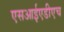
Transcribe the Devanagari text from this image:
एसआईएडीएच